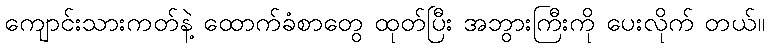
ကျောင်းသားကတ်နဲ့ ထောက်ခံစာတွေ ထုတ်ပြီး အဘွားကြီးကို ပေးလိုက် တယ်။